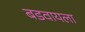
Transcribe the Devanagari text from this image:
बडवायला